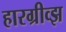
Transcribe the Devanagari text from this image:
हारग्रीव्झ